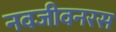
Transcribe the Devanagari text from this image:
नवजीवनरस